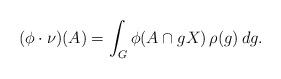
LaTeX: \begin{align*}(\phi\cdot \nu) (A)= \int_G \phi (A \cap gX) \, \rho(g)\, dg.\end{align*}